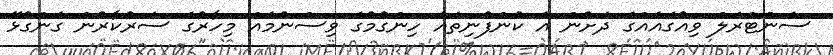
ސެންޓްރަލް ވިއުގައެއްގެ ދަށުން އެ ކުންފުނިތައް ހިންގުމުގެ ވިސްނުމެއް މިހާރުގެ ސަރުކާރުން ގެންގުޅޭ